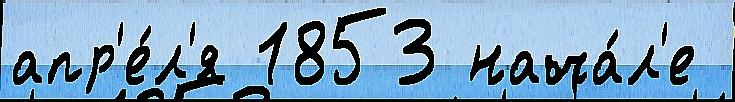
апр'е́л'я 1853 нача́л'е